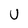
Character: U